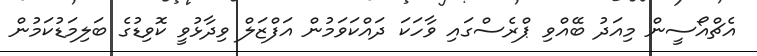
އެޗްއޯސީން މިއަދު ބޭއްވި ޕްރެސްގައި ވާހަކަ ދައްކަވަމުން އަފްޒަލް ވިދާޅުވީ ކޮވިޑުގެ ބަލިމަޑުކަމުން